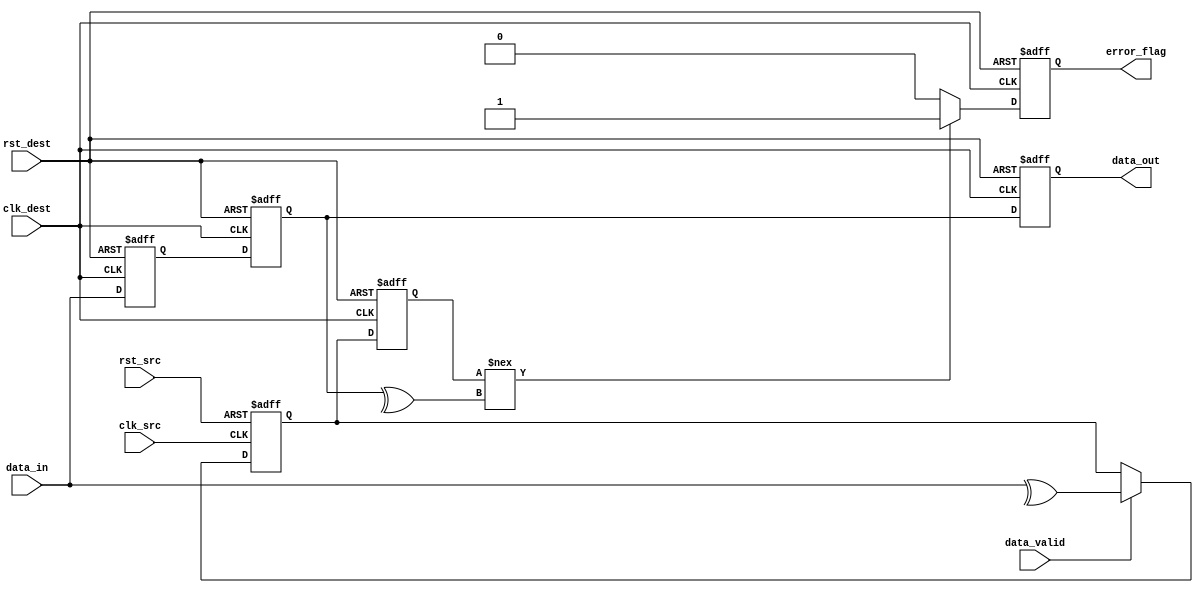
module cdc_memory_block (
    input wire clk_src,            // Clock for source domain
    input wire clk_dest,           // Clock for destination domain
    input wire rst_src,            // Asynchronous reset for source domain
    input wire rst_dest,           // Asynchronous reset for destination domain
    input wire [7:0] data_in,      // Data input from source domain
    input wire data_valid,          // Data valid signal from source domain
    output reg [7:0] data_out,     // Data output to destination domain
    output reg error_flag           // Error indication signal
);

    reg [7:0] data_src_ff1, data_src_ff2; // Sync registers for data
    reg parity_bit_src;            // Parity bit in source domain
    reg parity_bit_dest;           // Received parity bit in destination domain
    
    // Generate parity bit in source domain
    always @(posedge clk_src or posedge rst_src) begin
        if (rst_src) begin
            parity_bit_src <= 1'b0;
        end else if (data_valid) begin
            parity_bit_src <= ^data_in; // even parity
        end
    end

    // Dual-flip flop synchronizers for data and parity bit
    always @(posedge clk_dest or posedge rst_dest) begin
        if (rst_dest) begin
            data_src_ff1 <= 8'b0;
            data_src_ff2 <= 8'b0;
            parity_bit_dest <= 1'b0;
            error_flag <= 1'b0;
            data_out <= 8'b0;
        end else begin
            // Synchronize data
            data_src_ff1 <= data_in;
            data_src_ff2 <= data_src_ff1;
            // Synchronize parity bit
            parity_bit_dest <= parity_bit_src;
            // Error detection
            if (parity_bit_dest !== (^data_src_ff2)) begin
                error_flag <= 1'b1; // Error detected
            end else begin
                error_flag <= 1'b0; // No error
            end
            
            // Assign output
            data_out <= data_src_ff2; // Valid data
        end
    end

endmodule